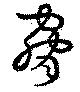
脅